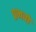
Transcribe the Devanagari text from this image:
प्रभवो